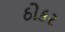
ઠોકર